Vaccination Hyderabad 1890-1903 - 1890-1903
Year: 1890
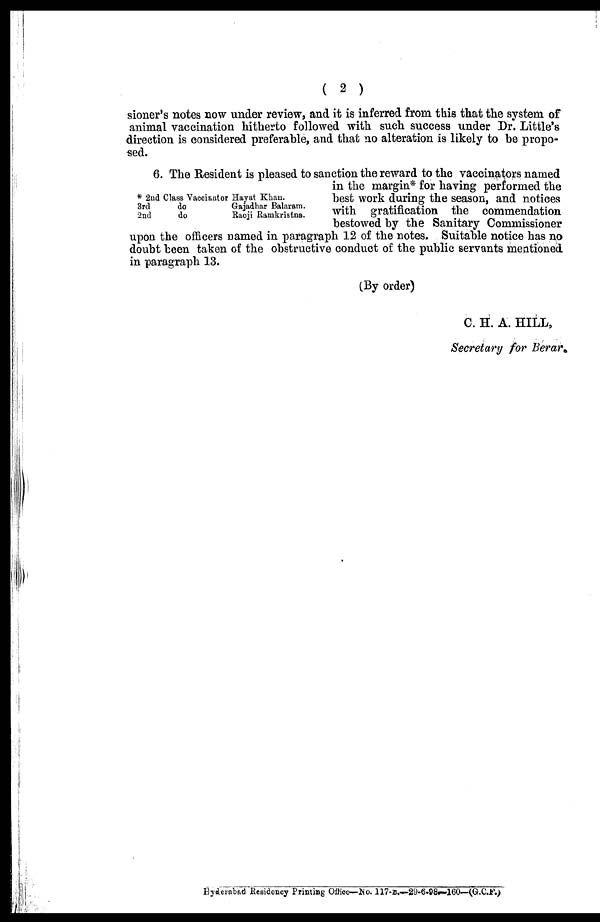
( 2 )
sioner's notes now under review, and it is inferred from this that the system of
animal vaccination hitherto followed with such success under Dr. Little's
direction is considered preferable, and that no alteration is likely to be propo-
sed.
* 2nd Class Vaccinator Hayat Khan.
3rd
2nd
do
do
Gajadhar Balaram.
Raoji Ramkristna.
6. The Resident is pleased to sanction the reward to the vaccinators named
in the margin* for having performed the
best work during the season, and notices
with gratification the commendation
bestowed by the Sanitary Commissioner
upon the officers named in paragraph 12 of the notes. Suitable notice has no
doubt been taken of the obstructive conduct of the public servants mentioned
in paragraph 13.
(By order)
C. H. A. HILL,
Secretary for Berar.
Hyderabad Residency Printing Office—No. 117-B.—29-6-98—160—(G.C.F.)